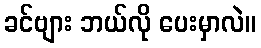
ခင်ဗျား ဘယ်လို ပေးမှာလဲ။